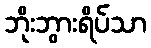
ဘိုးဘွားရိပ်သာ